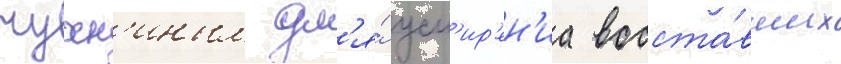
чухн'иным дл'я́ усм'ир'ен'иа восста́вших